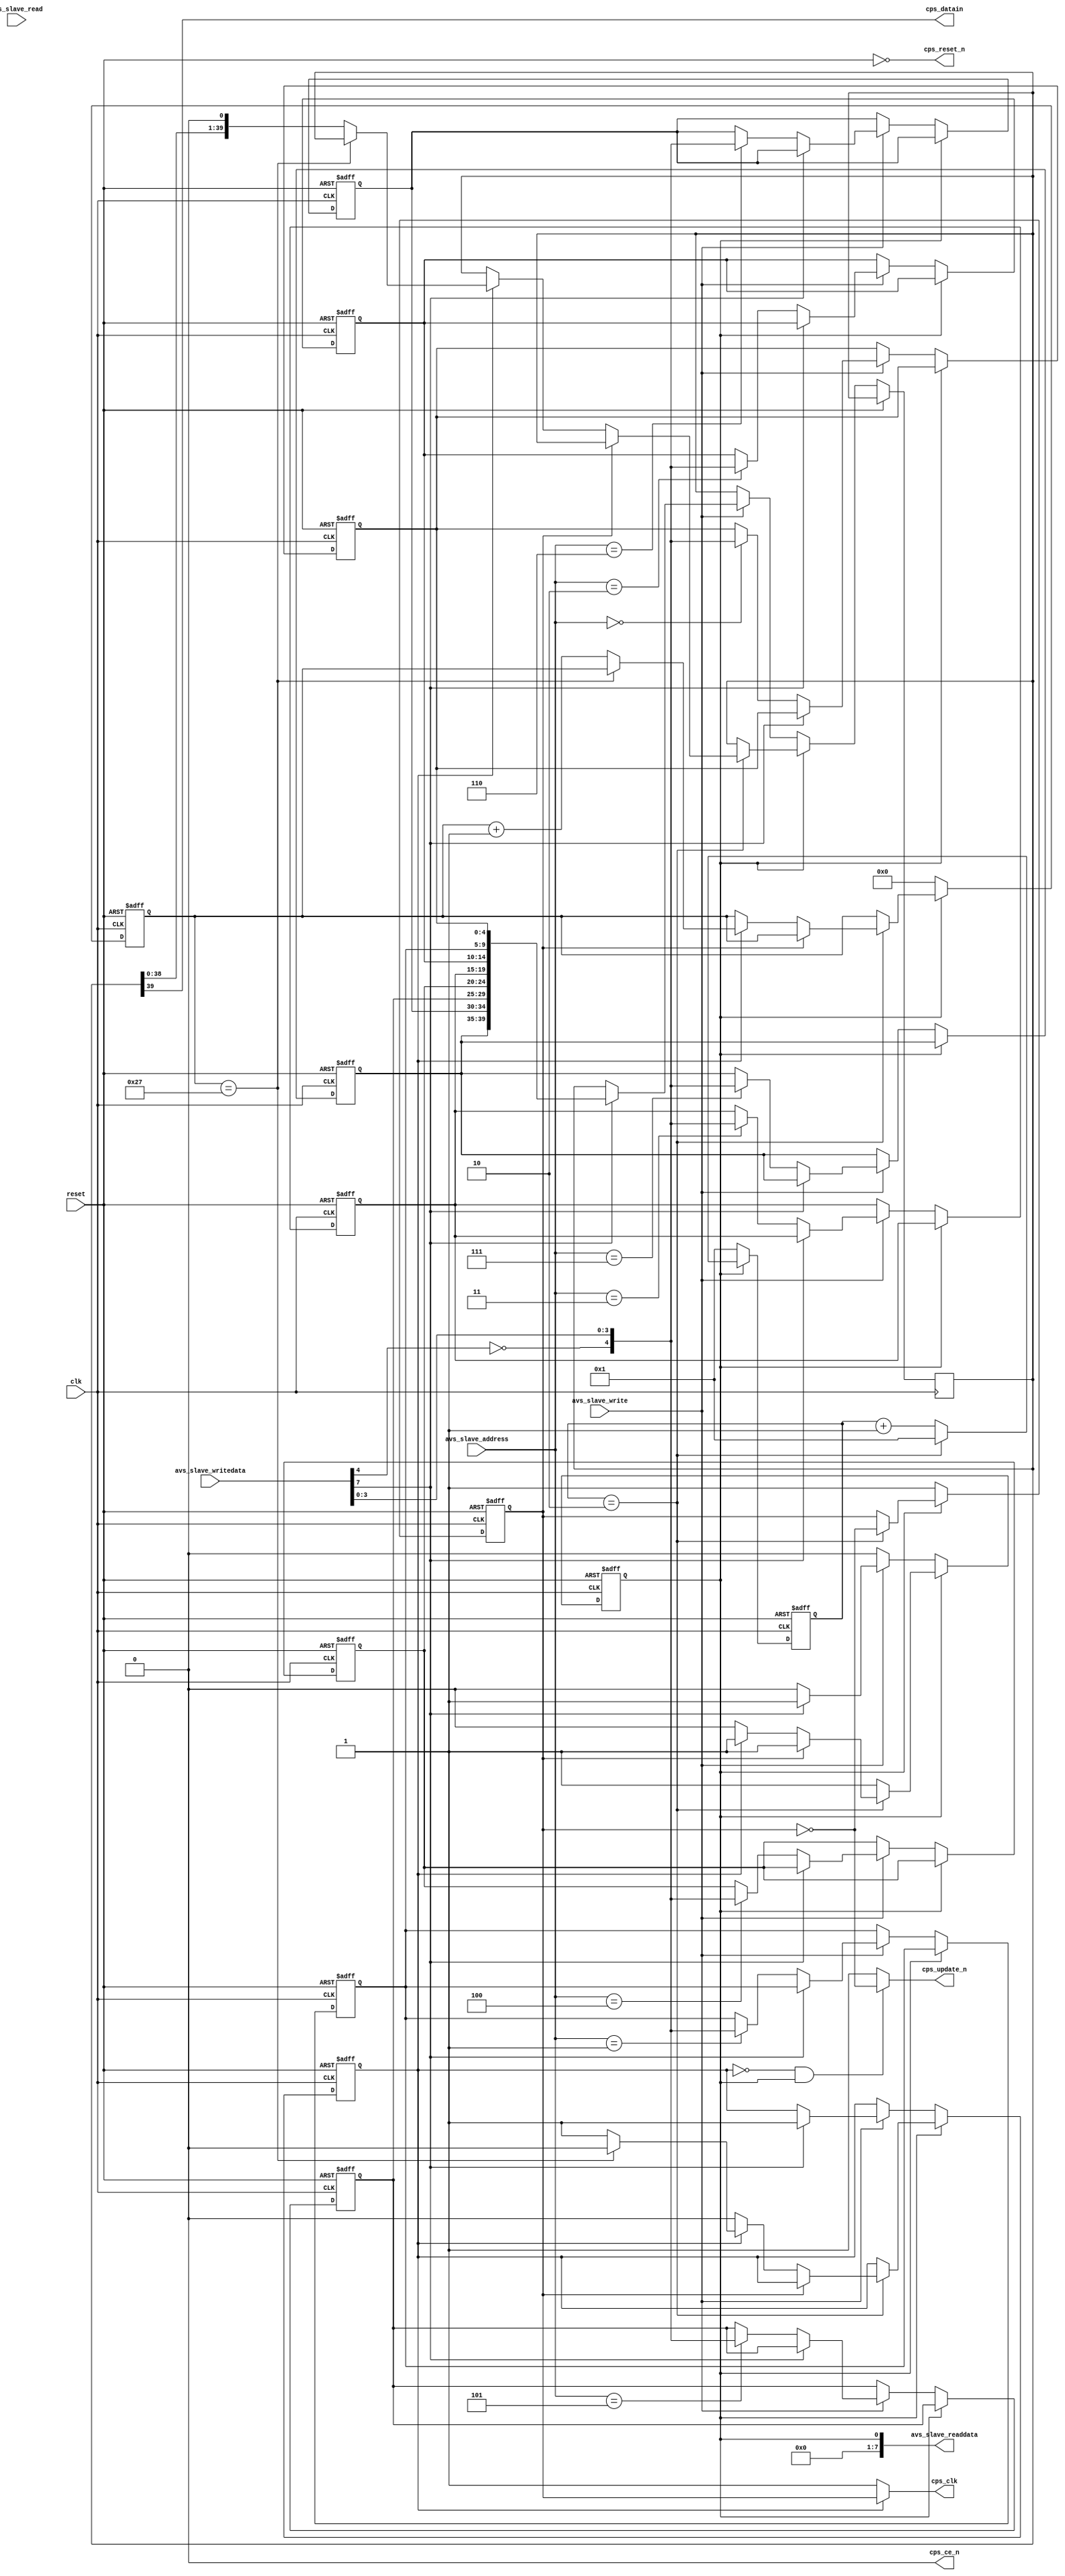
module adv3224 (

	// avalon-bus
	input clk,
	input reset,

	input            avs_slave_write,
	input            avs_slave_read,
	input       [7:0]avs_slave_writedata,
	output      [7:0]avs_slave_readdata,
	input       [2:0]avs_slave_address,

	// adv3224
	output           cps_reset_n,
	output           cps_ce_n,
	output           cps_update_n,
	output           cps_clk,
	output           cps_datain
);

	//
	// parameters
	//
	parameter        divider = 5;

	//
	// regs / wires
	//
	reg         [8:0]clk_counter;
	reg              div_clk;
	reg              clk_en;
	reg        [39:0]shift_buffer;
	reg              shift_busy;
	reg         [5:0]shift_counter;
	reg         [4:0]outputs[0:7];

	//
	// ip
	//
	assign cps_reset_n        = !reset;
	assign cps_ce_n           = 0;
	assign avs_slave_readdata = shift_busy;
	assign cps_clk            = clk_en ? div_clk : 1'b1;
	assign cps_update_n       = (!clk_en && shift_busy) ? !div_clk : 1'b1;
	assign cps_datain         = shift_buffer[39];

	always @(posedge clk or posedge reset)
	begin
	
		if(reset)
		begin
		
			clk_counter   <= 1;
			div_clk       <= 1;
			clk_en        <= 0;
			shift_busy    <= 0;
			shift_counter <= 0;
			outputs[0]    <= 5'b00000;
			outputs[1]    <= 5'b00000;
			outputs[2]    <= 5'b00000;
			outputs[3]    <= 5'b00000;
			outputs[4]    <= 5'b00000;
			outputs[5]    <= 5'b00000;
			outputs[6]    <= 5'b00000;
			outputs[7]    <= 5'b00000;

		end
		else
		begin	// posedge clk

			if(shift_busy)
			begin
			
				if(clk_counter == (divider/2))
				begin
					clk_counter <= 1;
					div_clk     <= !div_clk;
					if(!div_clk)
					begin
						
						if(!clk_en)
						begin
							shift_busy <= 0;
						end
						else
						begin
							if(shift_counter == 39)
							begin
								clk_en        <= 0;
							end
							else
							begin
								shift_counter <= shift_counter + 6'd1;
								shift_buffer  <= shift_buffer << 1;
							end
						end
					end
				end
				else
				begin
					clk_counter = clk_counter + 9'd1;
				end
			
			end
			else
			begin
			
				clk_counter   <= 1;
				shift_counter <= 0;
				div_clk       <= 1;
				if(avs_slave_write)
				begin
					if(avs_slave_writedata[7])
					begin
						shift_buffer <= {outputs[7], outputs[6], outputs[5], outputs[4], outputs[3], outputs[2], outputs[1], outputs[0]};
						shift_busy   <= 1;
						clk_en       <= 1;
					end
					else
					begin
						outputs[avs_slave_address] <= {!avs_slave_writedata[4], avs_slave_writedata[3:0]};
					end

				end
			
			end

		end
	end

endmodule